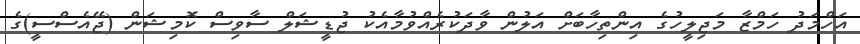
އަހްމަދު ހަމްޒާ މަޖިލީހުގެ އިންތިހާބަށް އަލުން ވާދަކުރެއްވުމާއެކު ޖުޑީޝަލް ސާވިސް ކޮމިޝަން (ޖޭއެސްސީ)ގެ